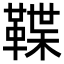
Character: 鞢